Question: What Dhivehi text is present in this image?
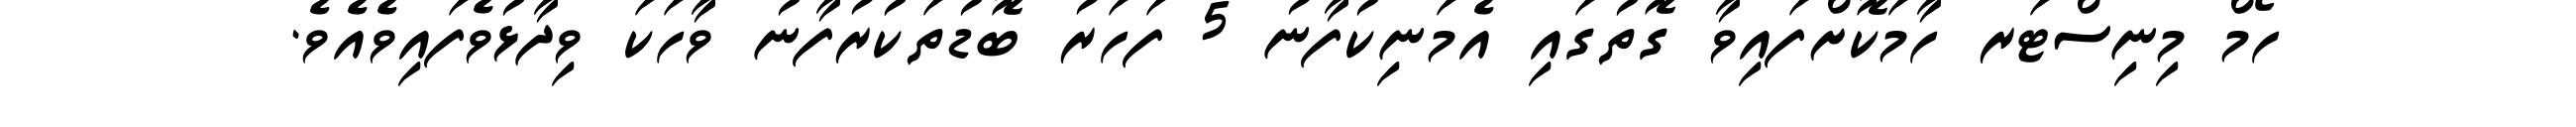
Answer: ހޯމް މިނިސްޓަރ ހާމަކޮށްފައިވާ ގޮތުގައި އެމަނިކުފާނު 5 ފަހަރު ބޮޑުތަކުރުފާނު ވާހަކަ ވިދާޅުވެފައިވެއެވެ.